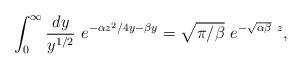
LaTeX: \begin{align*}\int_0^\infty \frac{dy}{y^{1/2}}~e^{-\alpha z^2/4y-\beta y}=\sqrt{\pi/\beta}~e^{-\sqrt{\alpha\beta}~z},\end{align*}